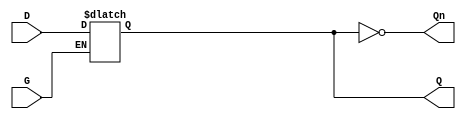
module LevelSensitiveGatedLatch (
    input wire D,    // Data input
    input wire G,    // Gate control signal
    output reg Q,    // Output signal
    output wire Qn   // Complement of the output
);

    // Assign the complement of Q
    assign Qn = ~Q;

    // Always block to implement the latch behavior
    always @(*) begin
        if (G) begin
            Q = D;   // When G is high, Q follows D
        end
        // If G is low, Q retains its previous value (hold state)
    end

endmodule